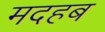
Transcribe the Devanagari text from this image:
मदहब